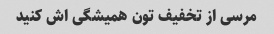
مرسی از تخفیف تون همیشگی اش کنید